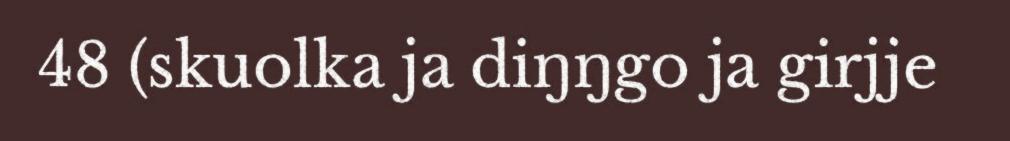
48 (skuolka ja diŋŋgo ja girjje